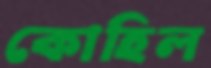
কোহিল